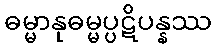
ဓမ္မာနုဓမ္မပ္ပဋိပန္နဿ